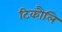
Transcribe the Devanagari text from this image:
टिकौलि